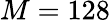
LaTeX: M=128